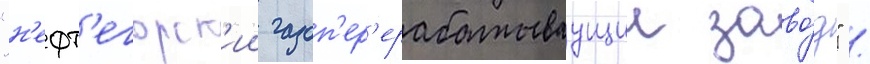
"н'ефт'егорск'ии газоп'ер'ерабатываущии заво́д" /